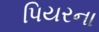
પિયરના